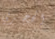
الحجري